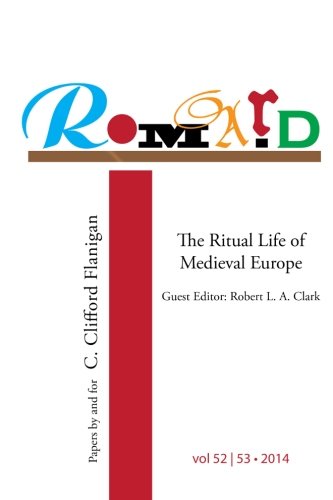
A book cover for ROMARD: Research on Medieval and Renaissance Drama, vol 52-53: The Ritual Life of Medieval Europe: Papers By and For C. Clifford Flanigan (Volume 52); Robert L. A. Clark; Literature & Fiction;